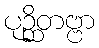
ပုဉ္ဆိတဗ္ဗာ